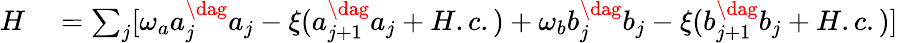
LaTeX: \begin{array}{rl}{H}&{{}=\sum_{j}[\omega_{a}a_{j}^{\dag}a_{j}-\xi(a_{j+1}^{\dag}a_{j}+H.c.)+\omega_{b}b_{j}^{\dag}b_{j}-\xi(b_{j+1}^{\dag}b_{j}+H.c.)]}\end{array}